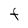
Character: F